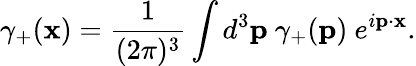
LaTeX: \gamma_{+}({\mathbf x})=\frac{1}{(2\pi)^{3}}\int d^{3}{\mathbf p}~\gamma_{+}({\mathbf p})~e^{i{\mathbf p}\cdot{\mathbf x}}.